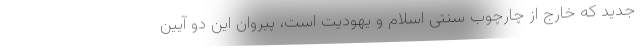
جدید که خارج از چارچوب سنتی اسلام و یهودیت است، پیروان این دو آیین